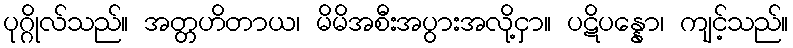
ပုဂ္ဂိုလ်သည်။ အတ္တဟိတာယ၊ မိမိအစီးအပွားအလို့ငှာ။ ပဋိပန္နော၊ ကျင့်သည်။